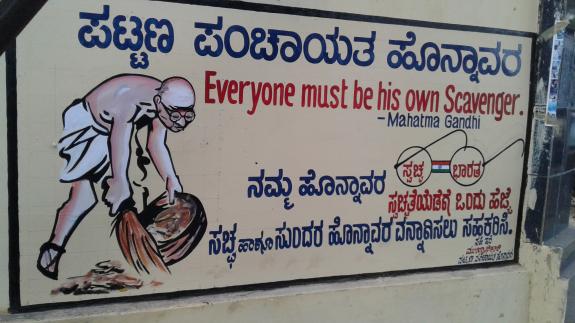
Language: kannada
Transcription: ಪಟ್ಟಣ ಪಂಚಾಯತ ಹೊನ್ನಾವರ ಹೊನ್ನಾವರ ನಮ್ಮ